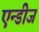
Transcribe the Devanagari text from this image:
एन्डीज